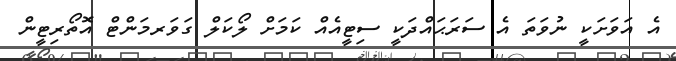
އެ އަވަށަކީ ނުވަތަ އެ ސަރަޙައްދަކީ ސިޓީއެއް ކަމަށް ލޯކަލް ގަވަރމަންޓް އޮތޯރިޓީން